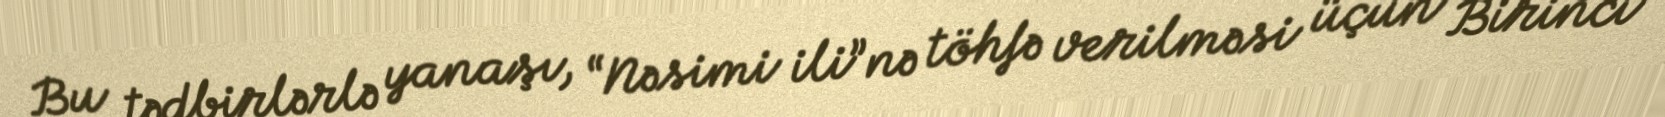
Bu tədbirlərlə yanaşı, “Nəsimi ili”nə töhfə verilməsi üçün Birinci